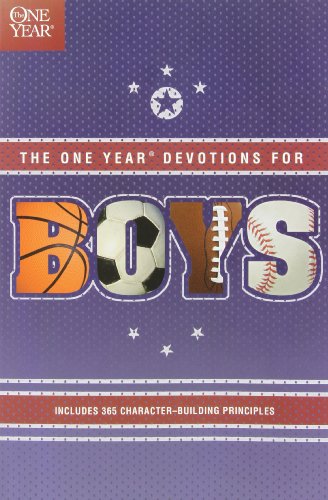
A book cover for The One Year Book of Devotions for Boys; Christian Books & Bibles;